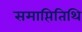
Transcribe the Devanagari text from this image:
समाप्तितिथि